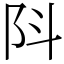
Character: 阧